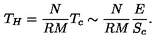
T _ { H } = \frac { N } { R M } T _ { c } \sim \frac { N } { R M } \frac { E } { S _ { c } } .